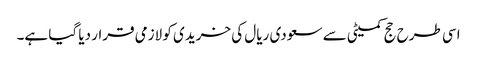
اسی طرح حج کمیٹی سے سعودی ریال کی خریدی کو لازمی قرار دیا گیا ہے۔